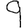
Digit: 9